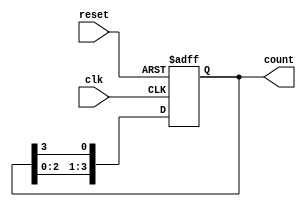
module ring_counter (
    input wire clk,        // Clock signal
    input wire reset,      // Asynchronous reset signal
    output reg [3:0] count // 4-bit output for the ring counter
);

    // Initial state setting
    initial begin
        count = 4'b0001; // Start with the first flip-flop set to '1'
    end

    // Always block for state transition logic
    always @(posedge clk or posedge reset) begin
        if (reset) begin
            count <= 4'b0001;   // Reset to initial state
        end else begin
            count <= {count[2:0], count[3]}; // Shift the ring
        end
    end

endmodule